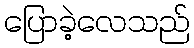
ပြောခဲ့လေသည်